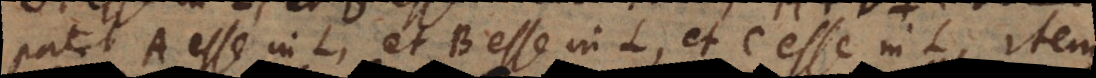
patet A esse in L, et B esse in L, et C esse in L, item